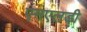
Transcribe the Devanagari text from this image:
एमएलडी